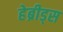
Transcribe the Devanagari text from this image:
हेब्रीड्स